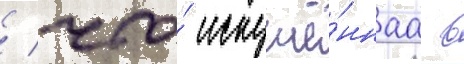
/ что́ искушё́ннаа в